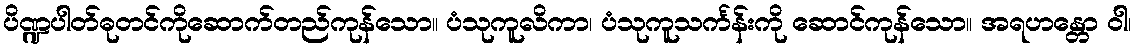
ပိဏ္ဍပါတ်ဓုတင်ကိုဆောက်တည်ကုန်သော။ ပံသုကူလိကာ၊ ပံသုကူသင်္ကန်းကို ဆောင်ကုန်သော။ အရဟန္တော ဝါ၊